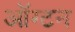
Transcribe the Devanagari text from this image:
ऑग्टन